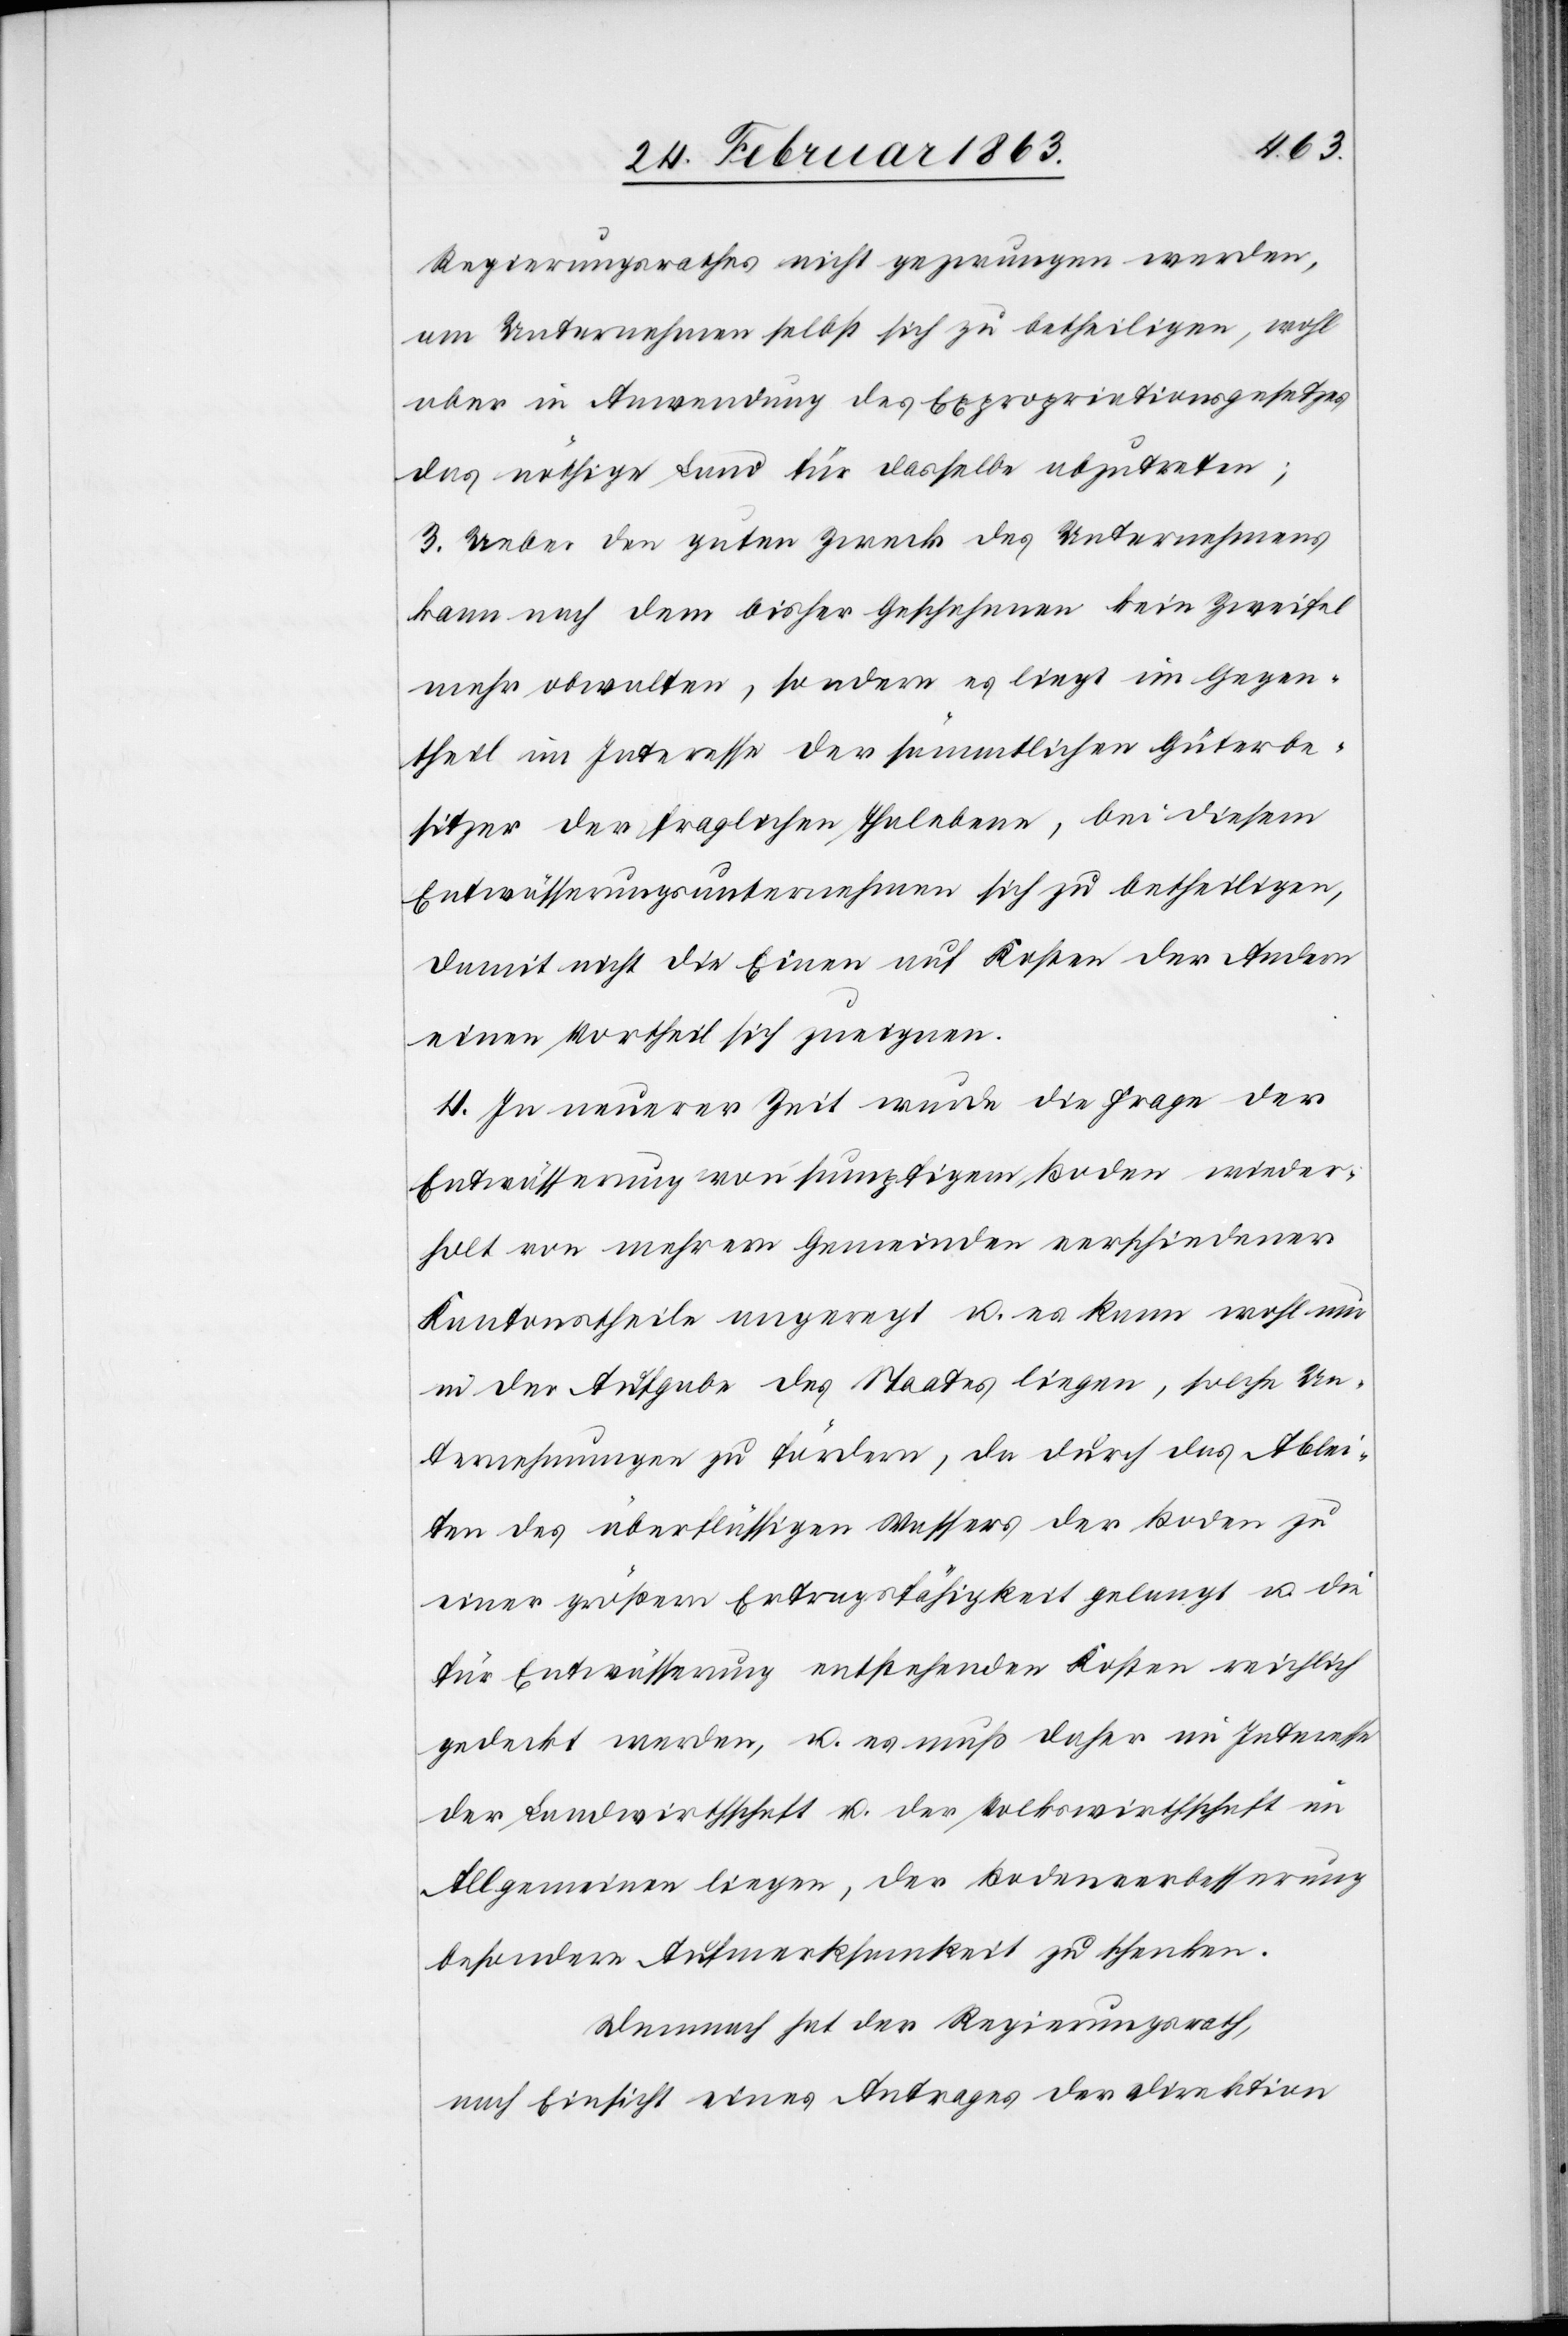
Regierungsrathes nicht gezwungen werden,
am Unternehmen selbst sich zu betheiligen, wohl
aber in Anwendung des Expropriationsgesetzes
das nöthige Land für dasselbe abzutreten;
3. Ueber den guten Zweck des Unternehmens
kann nach dem bisher Geschehenen kein Zweifel
mehr obwalten, sondern es liegt im Gegen¬
theil im Interesse der sämmtlichen Güterbe¬
sitzer der fraglichen Thalebene, bei diesem
Entwässerungsunternehmen sich zu betheiligen,
damit nicht die Einen auf Kosten der Andern
einen Vortheil sich zueignen.
4. In neuerer Zeit wurde die Frage der
Entwässerung von sumpfigem Boden wieder¬
holt von mehrern Gemeinden verschiedener
Kantonstheile angeregt u. es kann wohl nur
in der Aufgabe des Staates liegen, solche Un¬
ternehmungen zu fördern, da durch das Ablei¬
ten des überflüssigen Wassers der Boden zu
einer größern Ertragsfähigkeit gelangt u. die
für Entwässerung entstehenden Kosten reichlich
gedeckt werden, u. es muß daher im Interesse
der Landwirthschaft u. der Volkswirthschaft im
Allgemeinen liegen, der Bodenverbesserung
besondere Aufmerksamkeit zu schenken.
Demnach hat der Regierungsrath,
nach Einsicht eines Antrages der Direktion